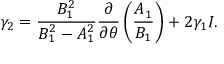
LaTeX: \gamma _ { 2 } = \frac { B _ { 1 } ^ { 2 } } { B _ { 1 } ^ { 2 } - A _ { 1 } ^ { 2 } } \frac { \partial } { \partial \theta } \left( \frac { A _ { 1 } } { B _ { 1 } } \right) + 2 \gamma _ { 1 } I .